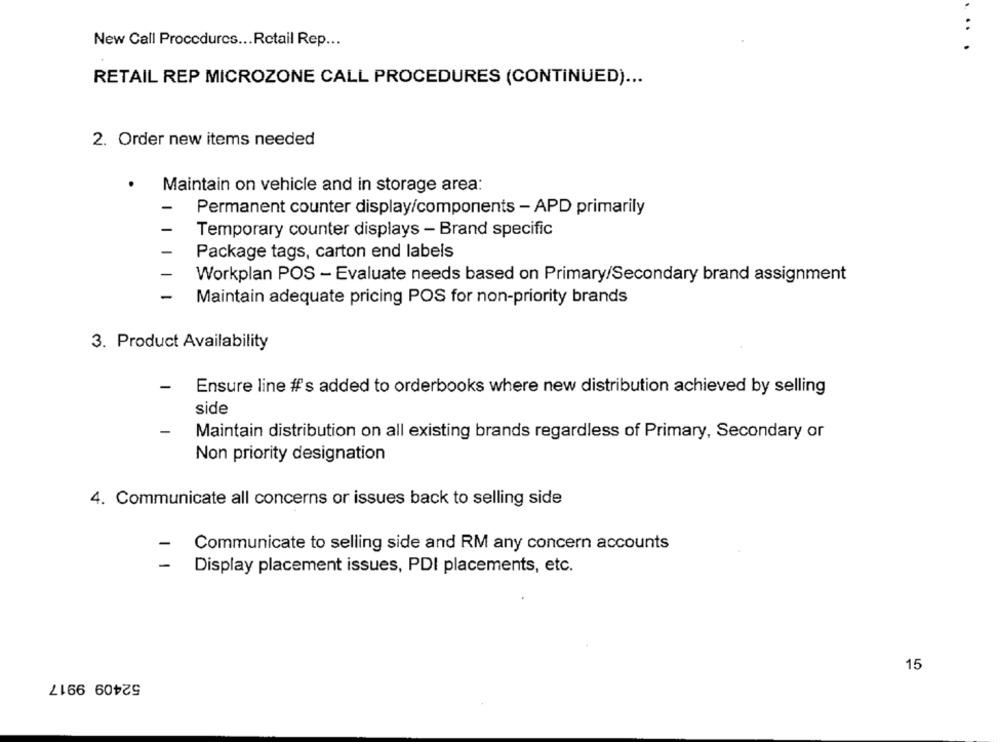
..
New Call Procedures ... Retail Rep ...
RETAIL REP MICROZONE CALL PROCEDURES (CONTINUED) ...
2. Order new items needed
Maintain on vehicle and in storage area:
Permanent counter display/components - APD primarily
Temporary counter displays - Brand specific
Package tags, carton end labels
Workplan POS - Evaluate needs based on Primary/Secondary brand assignment
-
Maintain adequate pricing POS for non-priority brands
3. Product Availability
-
Ensure line #'s added to orderbooks where new distribution achieved by selling
side
-
Maintain distribution on all existing brands regardless of Primary, Secondary or
Non priority designation
4. Communicate all concerns or issues back to selling side
Communicate to selling side and RM any concern accounts
-
Display placement issues, PDI placements, etc.
15
52409 9917